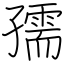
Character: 孺